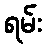
ရမ်း